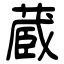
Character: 蔵